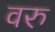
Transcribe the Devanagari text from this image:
वरु